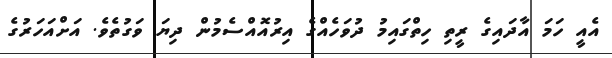
އެއީ ހަމަ އާދައިގެ ރީތި ހިތްގައިމު ދުވަހެއްގެ އިރުއޮއްސެމުން ދިޔަ ވަގުތެވެ. އަށްއަހަރުގެ